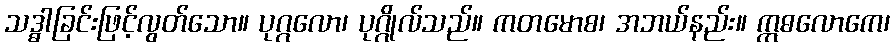
သဒ္ဓါခြင်းဖြင့်လွတ်သော။ ပုဂ္ဂလော၊ ပုဂ္ဂိုလ်သည်။ ကတမောစ၊ အဘယ်နည်း။ ဣဓလောကေ၊